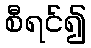
စီရင်၍